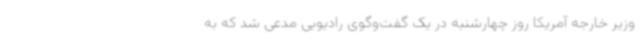
وزیر خارجه آمریکا روز چهارشنبه در یک گفت‌وگوی رادیویی مدعی شد که به